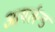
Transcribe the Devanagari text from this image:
आयर्लन्ड